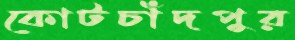
কোটচাঁদপুর